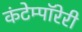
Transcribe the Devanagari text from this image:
कंटेम्पॉरेरी